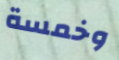
وخمسة